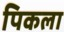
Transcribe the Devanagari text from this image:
पिकला